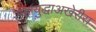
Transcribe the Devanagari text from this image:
महायुद्धाअखेरीस